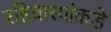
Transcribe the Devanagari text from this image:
रहिवास्यांकडे